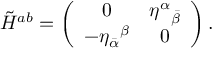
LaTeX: \tilde { H } ^ { a b } = \left( \begin{array} { c c } { { 0 } } & { { { \eta ^ { \alpha } } _ { \bar { \beta } } } } \\ { { - { \eta _ { \bar { \alpha } } } ^ { \beta } } } & { { 0 } } \end{array} \right) .